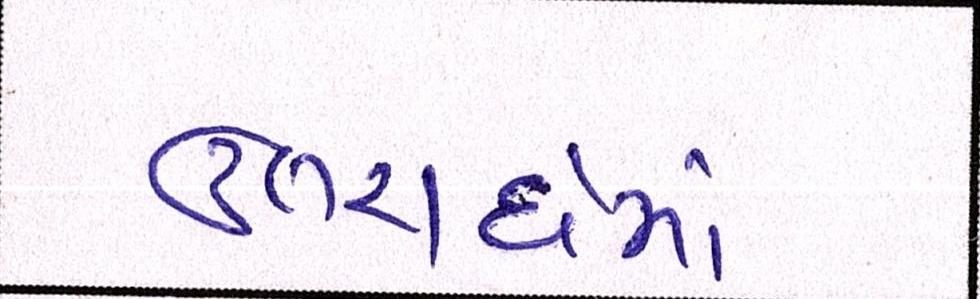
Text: ઉત્તરાર્ધમાં